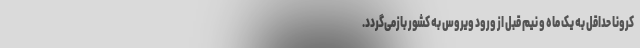
کرونا حداقل به یک ماه و نیم قبل از ورود ویروس به کشور بازمی‌گردد.